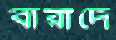
বারাদে